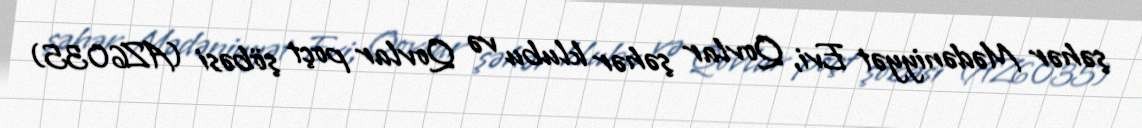
şəhər Mədəniyyət Evi, Qovlar şəhər klubu və Qovlar poçt şöbəsi (AZ6035)